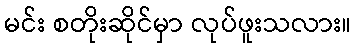
မင်း စတိုးဆိုင်မှာ လုပ်ဖူးသလား။